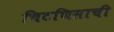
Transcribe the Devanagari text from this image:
चिटणिसाची